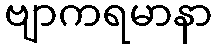
ဗျာကရမာနာ